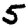
Digit: 5